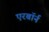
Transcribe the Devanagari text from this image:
एरबॉर्न